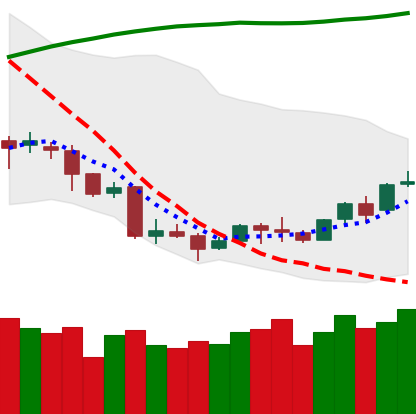
Ticker: LINK-USD
Chart end date: 2018-04-11
Forward return: 13.986%
Label: up_7plus